Senior Leaving Certificate Examination (including Day School Certificate (Higher) General paper), 1950
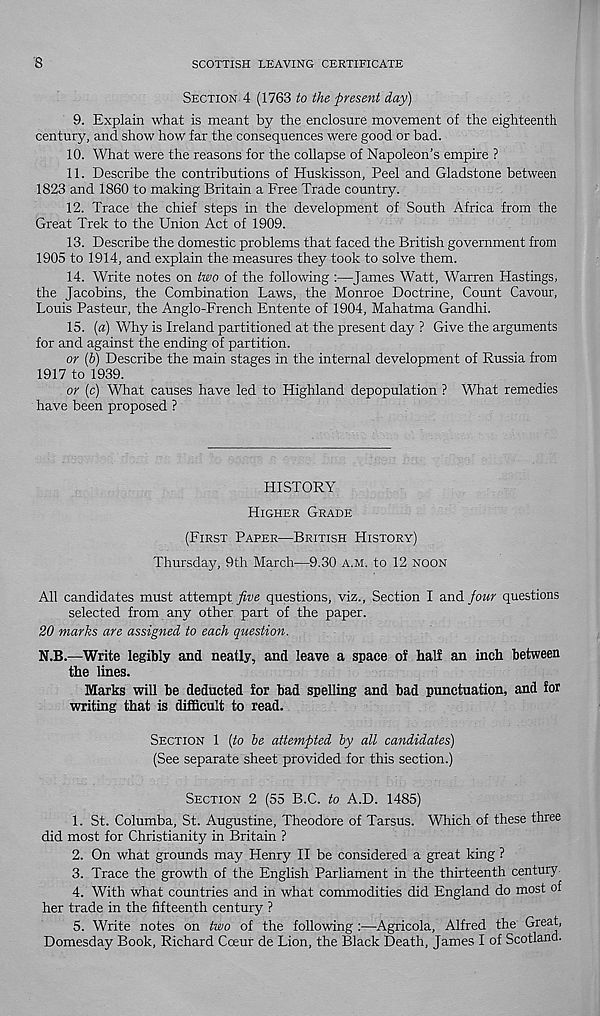
8
SCOTTISH LEAVING CERTIFICATE
SECTION 4 (1763 to the present day)
9.
Explain what is meant by the enclosure movemen
century, and show how far the consequences were good or bad.
10. What were the reasons for the collapse of Napoleon’s empire ?
11. Describe the contributions of Huskisson, Peel and Gladstone between
1823 and 1860 to making Britain a Free Trade country.
12. Trace the chief steps in the development of South Africa from the
Great Trek to the Union Act of 1909.
13. Describe the domestic problems that faced the British government from
1905 to 1914, and explain the measures they took to solve them.
14. Write notes on two of the following :—James Watt, Warren Hastings,
the Jacobins, the Combination Laws, the Monroe Doctrine, Count Cavour,
Louis Pasteur, the Anglo-French Entente of 1904, Mahatma Gandhi.
15. (a) Why is Ireland partitioned at the present day ? Give the arguments
for and against the ending of partition.
or (b) Describe the main stages in the internal development of Russia from
1917 to 1939.
or (c) What causes have led to Highland depopulation ? What remedies
have been proposed ?
HISTORY
HIGHER GRADE
(FIRST PAPER—BRITISH HISTORY)
Thursday, 9th March—9.30 A.M. to 12 NOON
All candidates must attempt five questions, viz., Section I and four questions
selected from any other part of the paper.
20 marks are assigned to each question.
N.B.—Write legibly and neatly, and leave a space of half an inch between
the lines.
Marks will be deducted for bad spelling and bad punctuation, and for
writing that is difficult to read.
SECTION 1 {to he attempted by all candidates)
(See separate sheet provided for this section.)
SECTION 2 (55 B.C. to A.D. 1485)
1. St. Columba, St. Augustine, Theodore of Tarsus. Which of these three
did most for Christianity in Britain ?
2. On what grounds may Henry II be considered a great king ?
3. Trace the growth of the English Parliament in the thirteenth century
4. With what countries and in what commodities did England do most of
her trade in the fifteenth century ?
5. Write notes on two of the following :—Agricola, Alfred the Great,
Domesday Book, Richard Coeur de Lion, the Black Death, James I of Scotland.